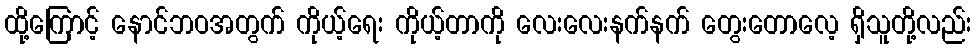
ထို့ကြောင့် နောင်ဘဝအတွက် ကိုယ့်ရေး ကိုယ့်တာကို လေးလေးနက်နက် တွေးတောလေ့ ရှိသူတို့လည်း